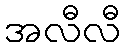
အလီလီ